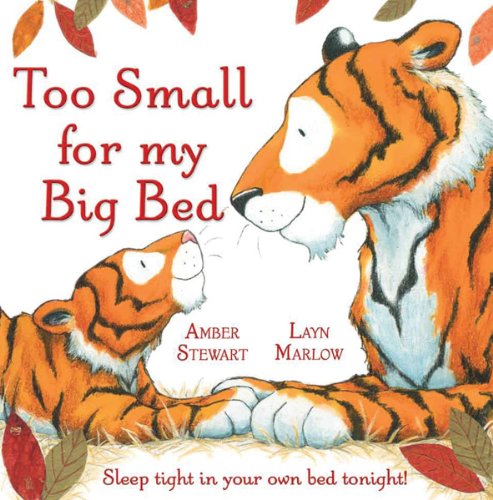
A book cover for Too Small for My Big Bed: Sleep Tight in Your Own Bed Tonight!; Amber Stewart; Children's Books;